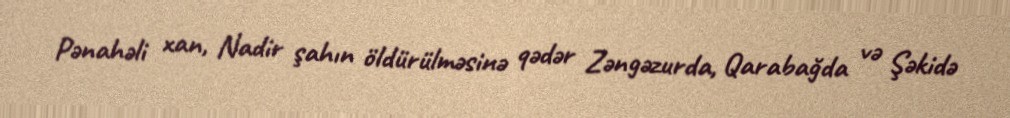
Pənahəli xan, Nadir şahın öldürülməsinə qədər Zəngəzurda, Qarabağda və Şəkidə